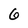
Character: 6